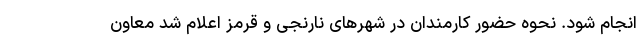
انجام شود. نحوه حضور کارمندان در شهرهای نارنجی و قرمز اعلام شد معاون